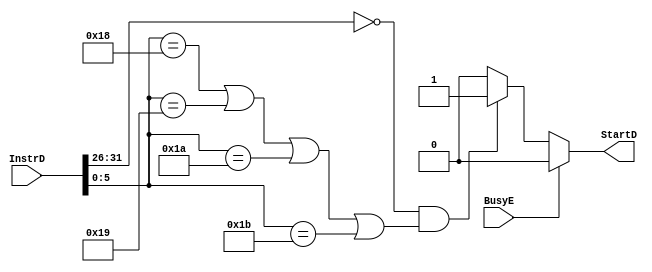
module StartCtrl(
  input [31:0] InstrD,
  input        BusyE,
  output       StartD
  );
  
  parameter
    RType = 6'b000000,
    MULT  = 6'b011000,
    MULTU = 6'b011001,
    DIV   = 6'b011010,
    DIVU  = 6'b011011;
  
  assign StartD = (BusyE) ? 0 :
                  (
                    (InstrD[31:26] == RType &&
                      (InstrD[5:0] == MULT || InstrD[5:0] == MULTU ||
                       InstrD[5:0] == DIV  || InstrD[5:0] == DIVU)
                    ) ? 1 : 0
                  );
  
endmodule